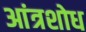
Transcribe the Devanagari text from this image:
आंत्रशोध